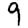
Digit: 9